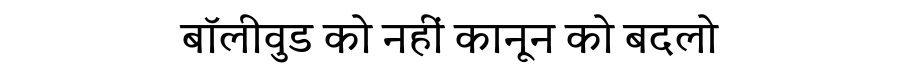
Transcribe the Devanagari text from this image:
बॉलीवुड को नहीं कानून को बदलो